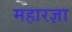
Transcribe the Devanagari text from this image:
महारज्ञा